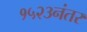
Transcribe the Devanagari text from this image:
१५२३नंतर